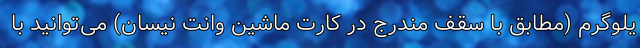
یلوگرم (مطابق با سقف مندرج در کارت ماشین وانت نیسان) می‌توانید با